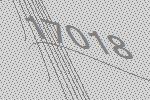
17018